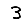
Digit: 3